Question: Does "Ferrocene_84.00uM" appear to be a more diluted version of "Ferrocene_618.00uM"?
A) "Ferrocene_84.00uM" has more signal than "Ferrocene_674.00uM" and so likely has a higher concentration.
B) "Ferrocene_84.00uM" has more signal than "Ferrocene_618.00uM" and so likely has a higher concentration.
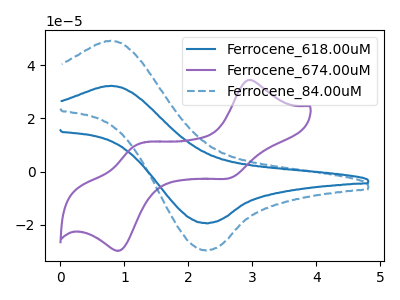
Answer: <think>The blue curve "Ferrocene_618.00uM" has an anodic peak at (0.80V, 32.30uA) and a cathodic peak at (2.25V, -19.45uA). The purple curve "Ferrocene_674.00uM" has anodic peaks at (2.95V, 34.40uA) (1.15V, 9.75uA) and cathodic peaks at (2.65V, -2.30uA) (0.95V, -29.65uA). The blue dashed curve "Ferrocene_84.00uM" has an anodic peak at (0.80V, 49.35uA) and a cathodic peak at (2.25V, -29.70uA).
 All the peaks in "Ferrocene_84.00uM" have a peak in "Ferrocene_618.00uM" at the same potential. Every peak in "Ferrocene_84.00uM" is higher than every peak in "Ferrocene_618.00uM".</think>
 <answer>B) "Ferrocene_84.00uM" has more signal than "Ferrocene_618.00uM" and so likely has a higher concentration.</answer>
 <eval>B</eval>